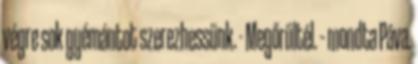
végre sok gyémántot szerezhessünk. - Megőrültél. – mondta Páva.